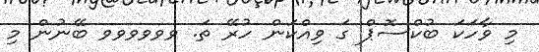
މި ވާހަކަ ބުކްސޮޕް ގަ ވިއްކަން ހުރޭ ތަ. ވވވވވވ ބޭނުން މި